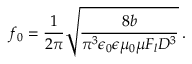
f _ { 0 } = \frac 1 { 2 \pi } \sqrt { \frac { 8 b } { \pi ^ { 3 } \epsilon _ { 0 } \epsilon \mu _ { 0 } \mu F _ { l } D ^ { 3 } } } \, .